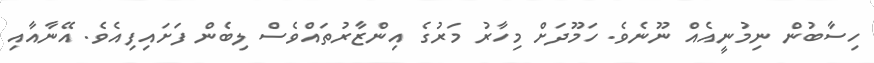
ހިސާބުން ނިމުނީއެއް ނޫނެވެ. ހަމޫދަށް މިހާރު މަރުގެ އިންޒާރުތައްވެސް ލިބެން ފަށައިފިއެވެ. އޭނާއާއި